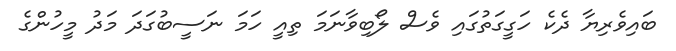
ބައިވެރިޔާ ދެކެ ހަގީގަތުގައި ވެސް ލޯބިވާނަމަ ތިއީ ހަމަ ނަސީބުގަދަ މަދު މީހުންގެ